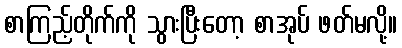
စာကြည့်တိုက်ကို သွားပြီးတော့ စာအုပ် ဖတ်မလို့။